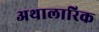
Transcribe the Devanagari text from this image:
अथालारिक